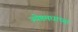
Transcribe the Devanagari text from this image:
ज्येष्ठमधाच्या